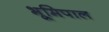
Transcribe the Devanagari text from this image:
भूमिपाल